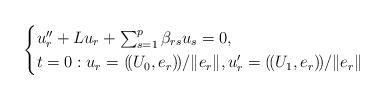
LaTeX: \begin{align*} \begin{cases}u_r'' + Lu_r + \sum_{s=1}^p\beta_{rs}u_s =0,\\t=0:u_r= (\!(U_0, e_r)\!)/\|e_r\|,u_r'= (\!(U_1, e_r)\!)/\|e_r\|\end{cases} \end{align*}